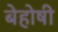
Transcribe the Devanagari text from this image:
बेहोषी